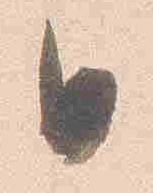
日